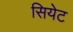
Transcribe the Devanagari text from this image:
सियेट